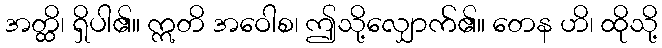
အတ္ထိ၊ ရှိပါ၏။ ဣတိ အဝေါစ၊ ဤသို့လျှောက်၏။ တေန ဟိ၊ ထိုသို့